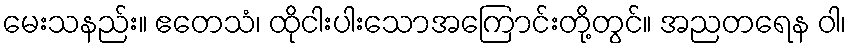
မေးသနည်း။ ဧတေသံ၊ ထိုငါးပါးသောအကြောင်းတို့တွင်။ အညတရေန ဝါ၊